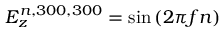
E _ { z } ^ { n , 3 0 0 , 3 0 0 } = \sin \left( 2 \pi f n \right)